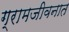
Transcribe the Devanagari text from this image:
ग्रामजीवनात